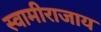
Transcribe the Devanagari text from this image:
स्वामीराजाय